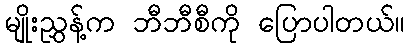
မျိုးညွှန့်က ဘီဘီစီကို ပြောပါတယ်။